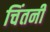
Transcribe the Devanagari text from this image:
चिंतनी